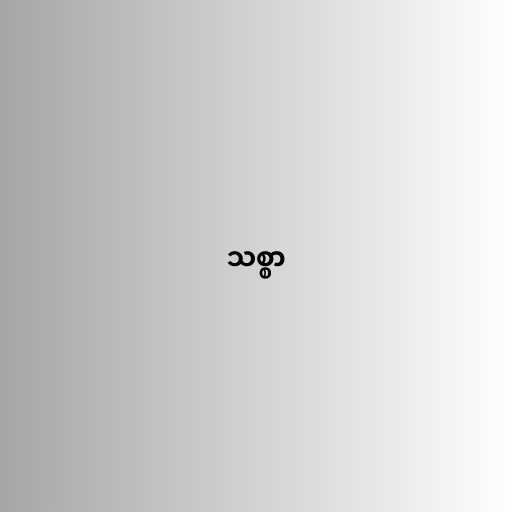
သစ္စာ